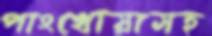
পাংখোয়াসহ